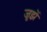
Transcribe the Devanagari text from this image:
जूझें